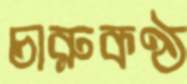
চারুকণ্ঠ